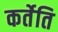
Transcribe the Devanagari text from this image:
कर्तेति